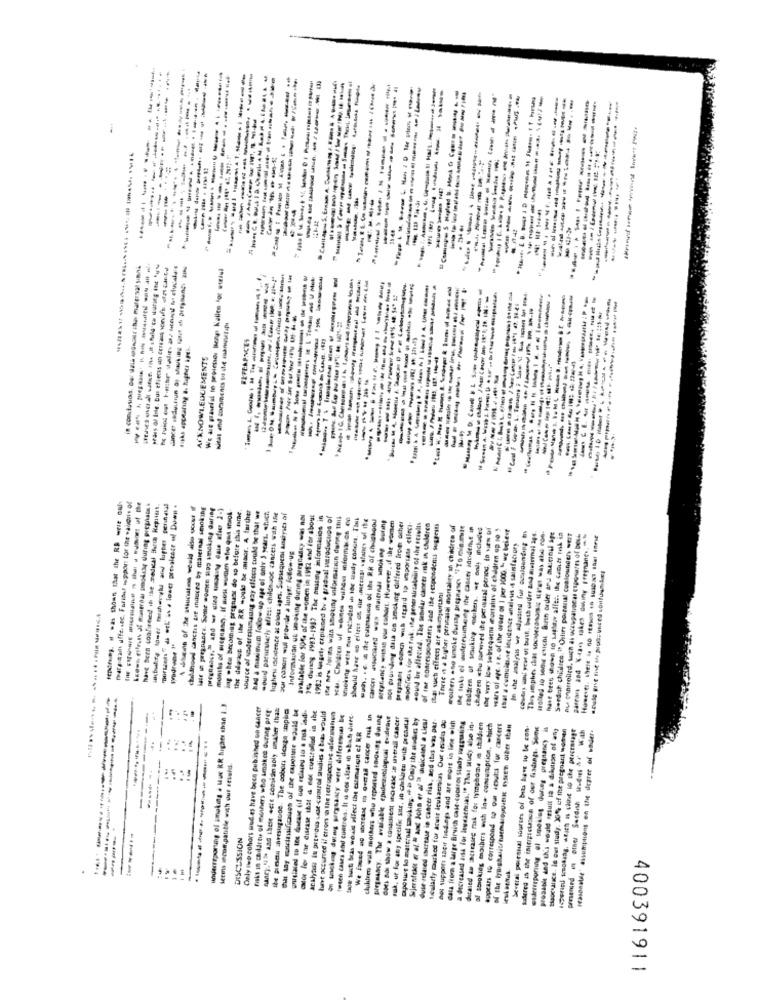
-----
----------
---------
----------
------
----------
-------------
--------
----------
-----------
----------
--------
---------
--------------
--------------
-------
-------
----
-----
------
---
---
----
-- 4
---
in concours. Dal dalà (Gnr har malersal sinni
-- --- -------
----------
--------
---------
-------
--------
----------
----------
---------
---------
---------.
kitas and coramenes so she asanunegap
ACKNOWLEDGEMENTS
--------
------
-.
Paresall uffe.sec. Falibul support for the walesi. of
have Been confirmed in the medical Buna Repiist
portinhs " & eEL is . lower prevalence of Down .
--- -------
childhood canctes bre induced by maternal smoking
late i pregnant. Some womes sop smoking during
the dias of The RR -oule be misor. A further
months of pregnancy. If sost wumen sto que inos
ing .hea becoming preghast de sp before this dame
source of sederessimaung any effects could be that we
had a maximum follow-up age of only 5 years. «tuich
-ouid pacurviarty afits: childnude cancers wah Ine
lughesi incidence at olous ages. Subsequent anses of
Información ut soaking during argnessy wal AN
available for 501% of the women in 1912 and for about
7% durag 1983-1937 The missing informacios in
1952 is Musgety explained by . gradual neroductos of
smoking sete muu nebuded .h tac audy conora. Timi
---------
nos puousdeng data on amcking differed frost ocher
modificas for Ike tok, the generalizability of the stivdis
would be affected. The sebelar canees zisk in children
of the modrespondents and the respondenti suggests
There is a Liber pennasal mortalry in children of
chdaren of sosuking suken. et only includes
chepren xhu sanved the perusal porod. to view of
the very low selinsequens mortality of children up to $
vars of age. . e. of the order of I per 1000, “ we beievt
---- -- ---- -
Serdub children." Oulire poisanal contouneen sert
that a cumulas,se incidence analius -4 saunfacvory
Sur con wul provide a lonye: follow-up
that such effects are asimportani
-------------
--
underreporung of smoking & Muc KR highes chad 1.3
Only rep cohors und es have been published on cancer
Faks in childrtu of mothers who imakce during prer
nancy."> aad these este comisimaoly wahier that
the pesca apresugauos. The cobor dexpe Einpilip
casos les the disease that & no custrolled in the
acalydass In previous ese cuourol sudies a tus would
Tween cases and contres. It as cos altar in sbah ditte.
-- --------
cluleen wua mothers who reported snowing during
pregnancy. The avalabk epidemiologicai tudeau
sak, ur for any specific sits, in cialisen with prenatal
caposur lo materaal backing. . " Only the studies by
duse related increase in cancer risk, and thus was par
talacty Durkes for Acwit icukacmiss Our resudos de
de support sair hed.egs and are more in line with
Gata İrem a large Bruith case-cootros Sady westling
a decreased aisa for loucaemsuas," That study also in
diraied an acicases nak for lymphome ra children
al stoking mothers with In. consumption, which
Several porsual sources of bit late wu be con
probable and th'i would result ia à didution of ang
Essocalice. le out study. 30%% of the pregnant women
----
---
--
---
DISCUSSION
-.
400391911